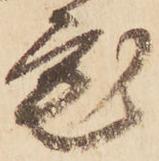
宅